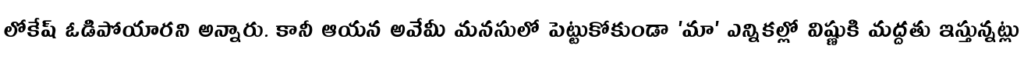
లోకేష్ ఓడిపోయారని అన్నారు. కానీ ఆయన అవేమీ మనసులో పెట్టుకోకుండా 'మా' ఎన్నికల్లో విష్ణుకి మద్దతు ఇస్తున్నట్లు